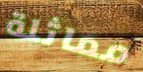
مماثلة